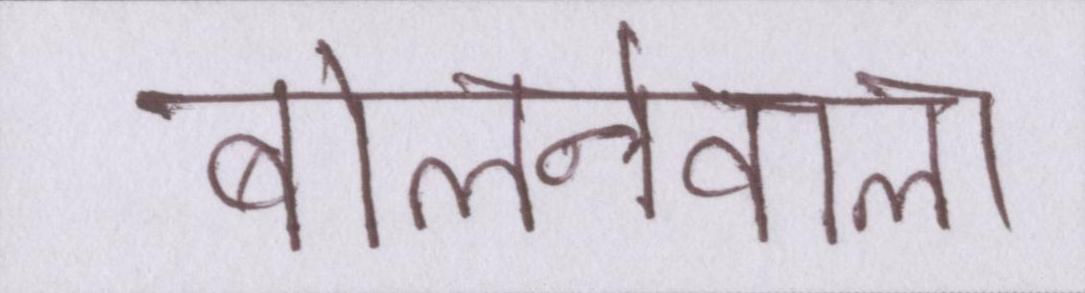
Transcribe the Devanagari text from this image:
बोलनेवाला